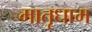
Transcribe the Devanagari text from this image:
मातृधाम